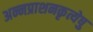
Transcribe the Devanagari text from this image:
अन्नप्राशनकृत्येषु